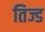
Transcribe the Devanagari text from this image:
तिज्ड